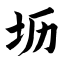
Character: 坜